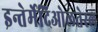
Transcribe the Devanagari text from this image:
इन्तेर्मेदिओलतेरल